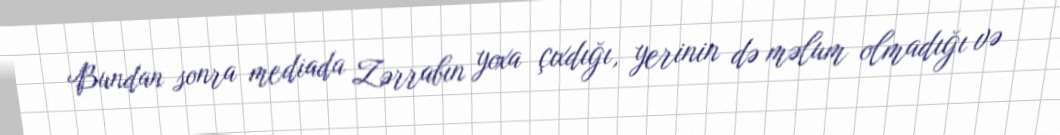
Bundan sonra mediada Zərrabın yoxa çıxdığı, yerinin də məlum olmadığı və